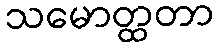
သမောတ္ထတာ